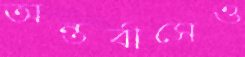
অন্তর্বাসেও